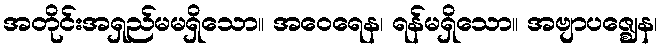
အတိုင်းအရှည်မမရှိသော။ အဝေရေန၊ ရန်မရှိသော။ အဗျာပဇ္ဈေန၊